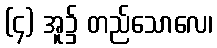
(၄) အူ၌ တည်သောလေ၊